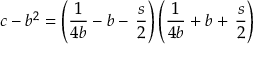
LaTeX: c - b ^ { 2 } = \left( { \frac { 1 } { 4 b } } - b - \, \frac { s } { 2 } \right) \left( { \frac { 1 } { 4 b } } + b + \, \frac { s } { 2 } \right)